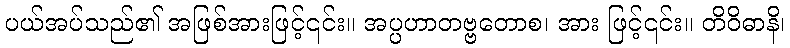
ပယ်အပ်သည်၏ အဖြစ်အားဖြင့်၎င်း။ အပ္ပဟာတဗ္ဗတောစ၊ အား ဖြင့်၎င်း။ တိဝိဓာနိ၊